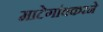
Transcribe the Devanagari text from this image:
माटेगांवकरने